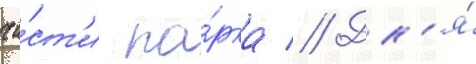
ча́ст'и па́рка // Дл'я́